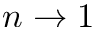
n \rightarrow 1